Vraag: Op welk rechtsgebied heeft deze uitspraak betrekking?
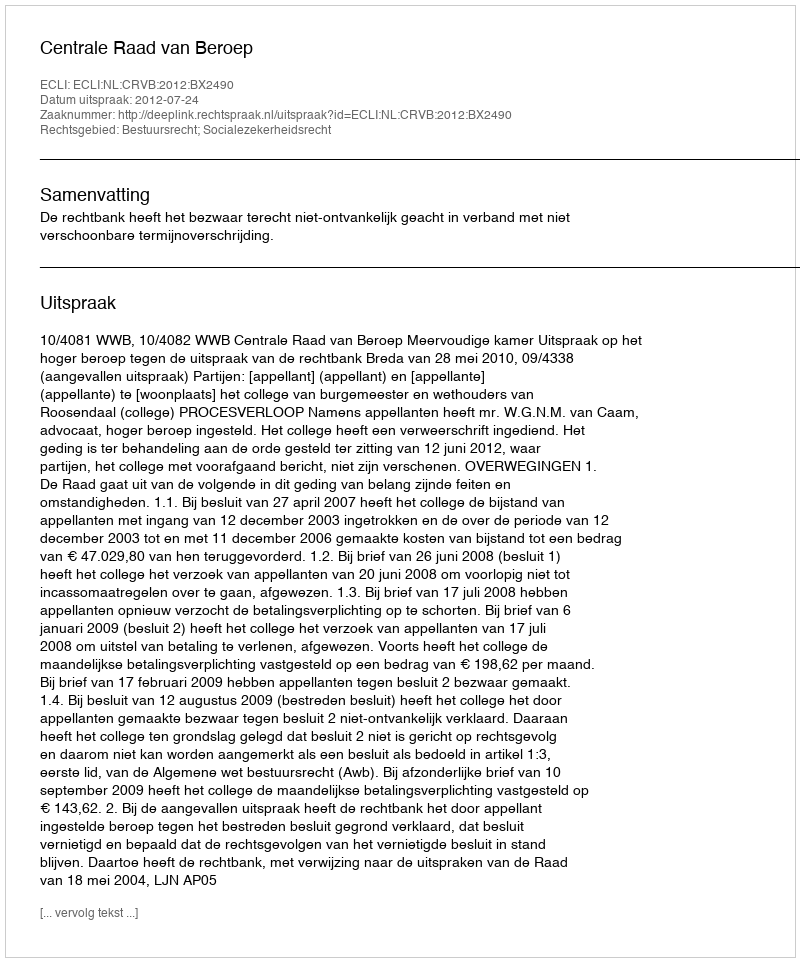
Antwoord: Bestuursrecht; Socialezekerheidsrecht